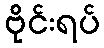
ဗိုင်းရပ်